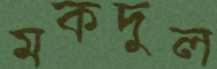
মকদুল